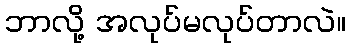
ဘာလို့ အလုပ်မလုပ်တာလဲ။